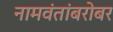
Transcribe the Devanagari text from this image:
नामवंतांबरोबर